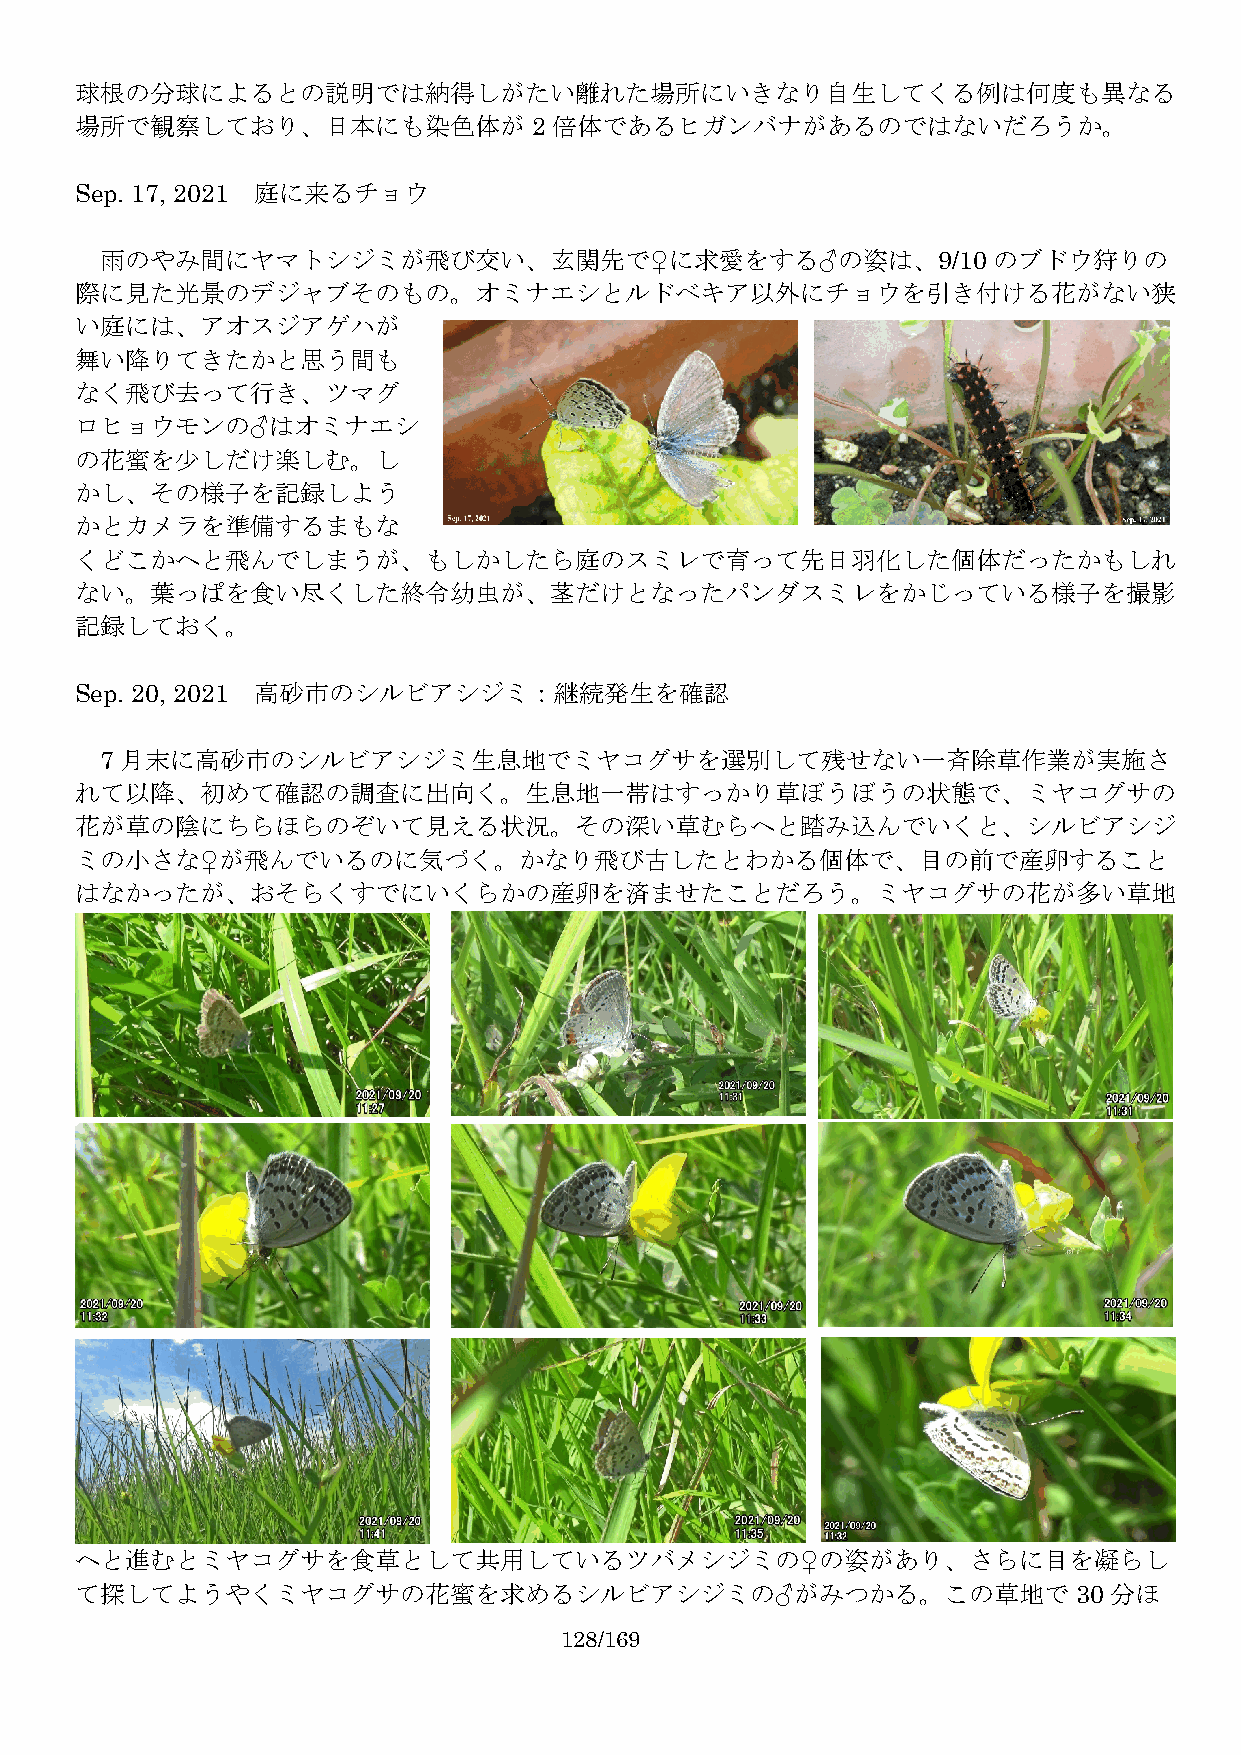
球根の分球によるとの説明では納得しがたい離れた場所にいきなり自生してくる例は何度も異なる
 場所で観察しており、日本にも染色体が2             倍体であるヒガンバナがあるのではないだろうか。
 Sep. 17, 2021 庭に来るチョウ
 雨のやみ間にヤマトシジミが飛び交い、玄関先で♀に求愛をする♂の姿は、9/10                     のブドウ狩りの
 際に見た光景のデジャブそのもの。オミナエシとルドベキア以外にチョウを引き付ける花がない狭
 い庭には、アオスジアゲハが
 舞い降りてきたかと思う間も
 なく飛び去って行き、ツマグ
 ロヒョウモンの♂はオミナエシ
 の花蜜を少しだけ楽しむ。し
 かし、その様子を記録しよう
 かとカメラを準備するまもな
 くどこかへと飛んでしまうが、もしかしたら庭のスミレで育って先日羽化した個体だったかもしれ
 ない。葉っぱを食い尽くした終令幼虫が、茎だけとなったパンダスミレをかじっている様子を撮影
 記録しておく。
 Sep. 20, 2021 高砂市のシルビアシジミ：継続発生を確認
 7 月末に高砂市のシルビアシジミ生息地でミヤコグサを選別して残せない一斉除草作業が実施さ
 れて以降、初めて確認の調査に出向く。生息地一帯はすっかり草ぼうぼうの状態で、ミヤコグサの
 花が草の陰にちらほらのぞいて見える状況。その深い草むらへと踏み込んでいくと、シルビアシジ
 ミの小さな♀が飛んでいるのに気づく。かなり飛び古したとわかる個体で、目の前で産卵すること
 はなかったが、おそらくすでにいくらかの産卵を済ませたことだろう。ミヤコグサの花が多い草地
 へと進むとミヤコグサを食草として共用しているツバメシジミの♀の姿があり、さらに目を凝らし
 て探してようやくミヤコグサの花蜜を求めるシルビアシジミの♂がみつかる。この草地で30                          分ほ
 128/169